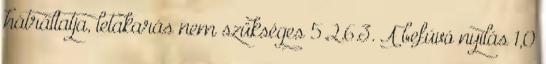
hátráltatja, letakarás nem szükséges 5.2.6.3. A befúvó nyílás 1,0